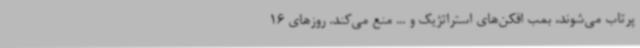
پرتاب می‌شوند، بمب افکن‌های استراتژیک و ... منع می‌کند. روزهای 16